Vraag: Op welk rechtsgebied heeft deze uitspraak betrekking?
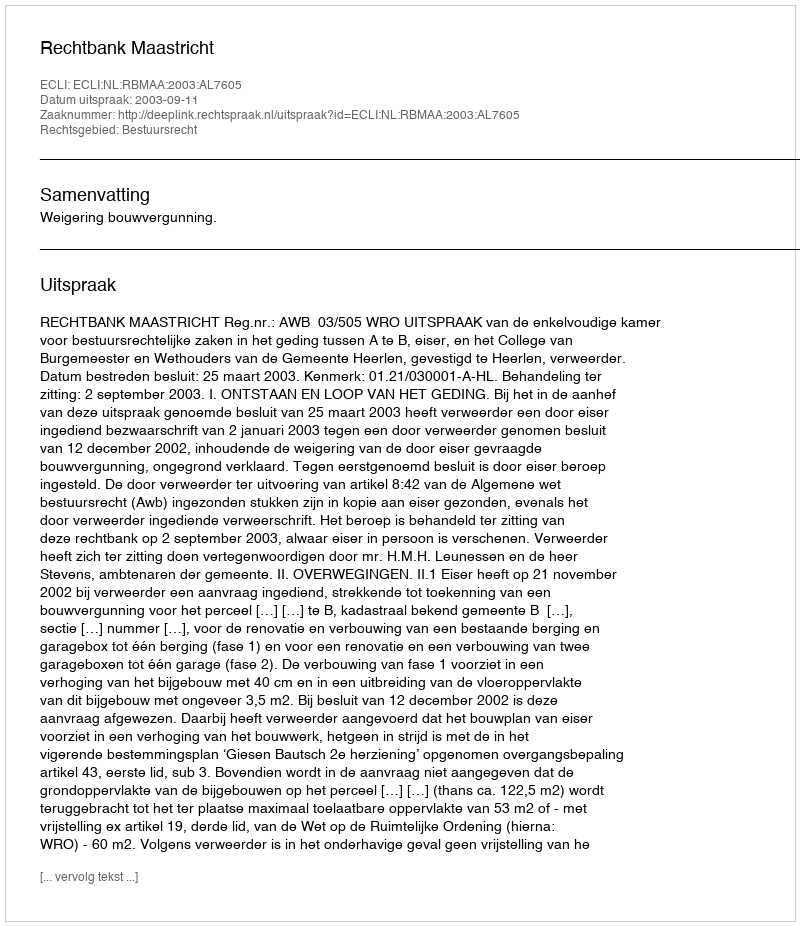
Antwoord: Bestuursrecht